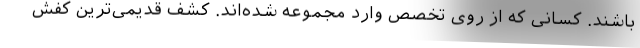
باشند. کسانی که از روی تخصص وارد مجموعه شده‌اند. کشف قدیمی‌ترین کفش